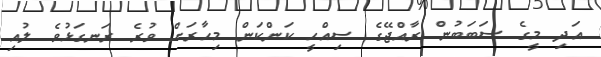
އަދި މީގެ ސަބަބުން ރާއްޖޭގެ ސިއްހީ ކަންކަން މިހާރަށް ވުރެ ރަނގަޅުވެ ލުއި